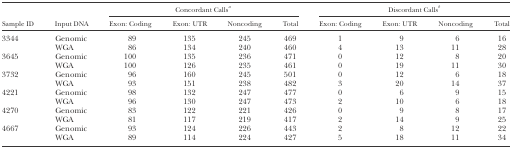
|  |  | <COLSPAN=4> Concordant Callsa | <COLSPAN=4> Discordant Callsb |
 | Sample ID | Input DNA | Exon: Coding | Exon: UTR | Noncoding | Total | Exon: Coding | Exon: UTR | Noncoding | Total |
 | --- | --- | --- | --- | --- | --- | --- | --- | --- | --- |
 | 3344 | Genomic | 89 | 135 | 245 | 469 | 1 | 9 | 6 | 16 |
 |  | WGA | 86 | 134 | 240 | 460 | 4 | 13 | 11 | 28 |
 | 3645 | Genomic | 100 | 135 | 236 | 471 | 0 | 12 | 8 | 20 |
 |  | WGA | 100 | 126 | 235 | 461 | 0 | 19 | 11 | 30 |
 | 3732 | Genomic | 96 | 160 | 245 | 501 | 0 | 12 | 6 | 18 |
 |  | WGA | 93 | 151 | 238 | 482 | 3 | 20 | 14 | 37 |
 | 4221 | Genomic | 98 | 132 | 247 | 477 | 0 | 6 | 9 | 15 |
 |  | WGA | 96 | 130 | 247 | 473 | 2 | 10 | 6 | 18 |
 | 4270 | Genomic | 83 | 122 | 221 | 426 | 0 | 9 | 8 | 17 |
 |  | WGA | 81 | 117 | 219 | 417 | 2 | 14 | 9 | 25 |
 | 4667 | Genomic | 93 | 124 | 226 | 443 | 2 | 8 | 12 | 22 |
 |  | WGA | 89 | 114 | 224 | 427 | 5 | 18 | 11 | 34 |